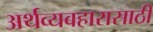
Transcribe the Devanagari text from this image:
अर्थव्यवहारासाठी